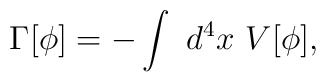
\Gamma [\phi ]=-\int ~d^4x~V[\phi ],